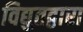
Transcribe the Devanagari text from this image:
विद्युतद्वारा